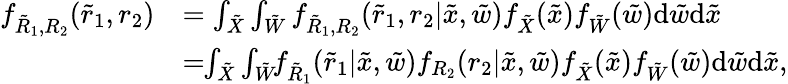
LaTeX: \begin{array}{rl}{f_{{{{\tilde{R}}}_{1}},{{{R}}_{2}}}({{{\tilde{r}}}_{1}},{{{r}}_{2}})}&{=\int_{\tilde{X}}\int_{\tilde{W}}f_{{{{\tilde{R}}}_{1}},{{{R}}_{2}}}({{{\tilde{r}}}_{1}},{{{r}}_{2}}|\tilde{x},\tilde{w})f_{{{\tilde{X}}}}(\tilde{x})f_{{{\tilde{W}}}}(\tilde{w})\mathrm{d}{\tilde{w}}\mathrm{d}{\tilde{x}}}\\ &{=\! \! \int_{\tilde{X}}\int_{\tilde{W}}\! \! f_{{{{\tilde{R}}}_{1}}}({{{\tilde{r}}}_{1}}|\tilde{x},\tilde{w})f_{{{{R}}_{2}}}({{{r}}_{2}}|\tilde{x},\tilde{w})f_{{{\tilde{X}}}}(\tilde{x})f_{{{\tilde{W}}}}(\tilde{w})\mathrm{d}{\tilde{w}}\mathrm{d}{\tilde{x}},}\end{array}